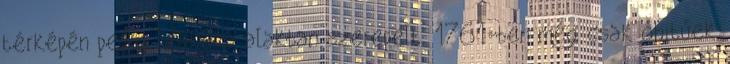
térképén pedig Wakova alakban szerepelt. 1761-ben még csak óhitűek